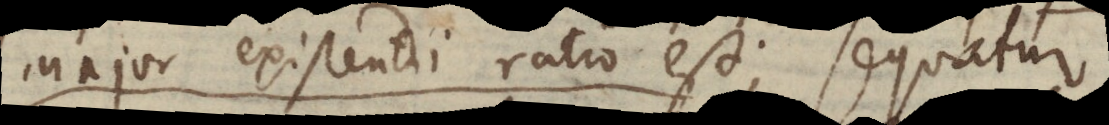
major existendi ratio est; sequatur